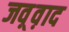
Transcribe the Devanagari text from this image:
जव़्व़ाद